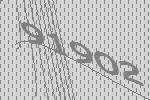
91902